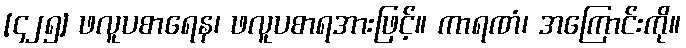
[၄၂၅] ဖလူပစာရေန၊ ဖလူပစာရအားဖြင့်။ ကာရဏံ၊ အကြောင်းကို။